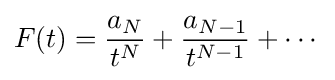
F(t)={\frac {a_{N}}{t^{N}}}+{\frac {a_{N-1}}{t^{N-1}}}+\cdots